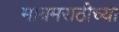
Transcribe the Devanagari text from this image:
मायमराठीच्या